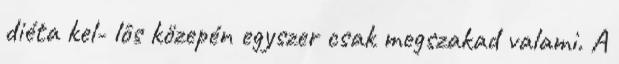
diéta kel- lôs közepén egyszer csak megszakad valami. A